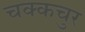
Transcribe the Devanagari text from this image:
चक्कचुर